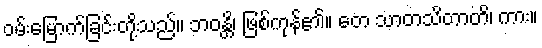
ဝမ်းမြောက်ခြင်းတို့သည်။ ဘဝန္တိ၊ ဖြစ်ကုန်၏။ တေ သာတသိတာတိ၊ ကား။